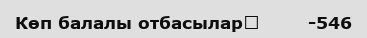
Көп балалы отбасылар	        -546